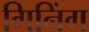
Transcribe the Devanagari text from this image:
गिनिंग